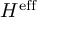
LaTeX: H ^ { \mathrm { { e f f } } }